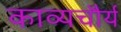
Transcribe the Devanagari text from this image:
काव्यचौर्य